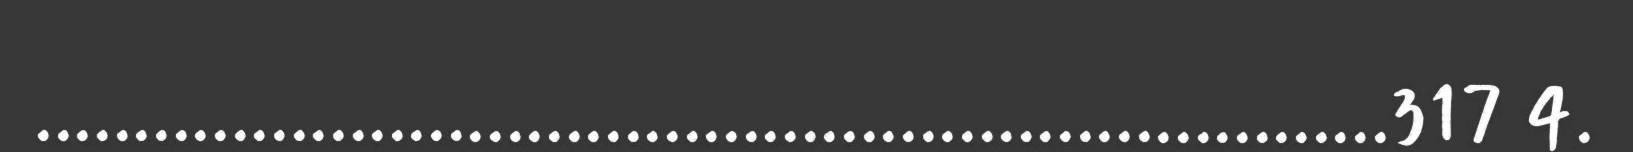
.....................................................................317 4.